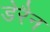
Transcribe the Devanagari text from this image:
डेरैन